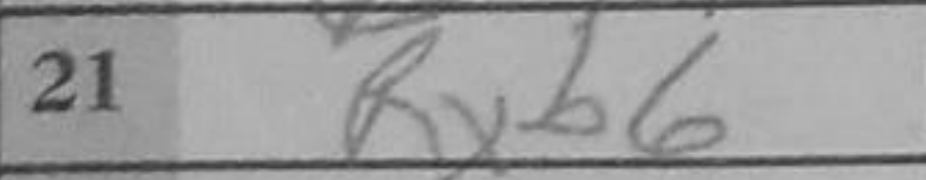
Transcription: Rxb6